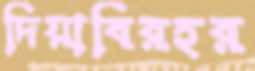
দিয়াবিরহর